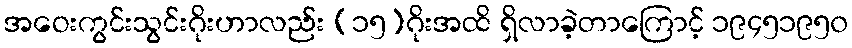
အဝေးကွင်းသွင်းဂိုးဟာလည်း (၁၅)ဂိုးအထိ ရှိလာခဲ့တာကြောင့် ၁၉၄၅၁၉၅၀